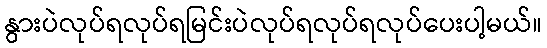
နွားပဲလုပ်ရလုပ်ရမြင်းပဲလုပ်ရလုပ်ရလုပ်ပေးပါ့မယ်။